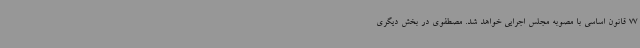
77 قانون اساسی با مصوبه مجلس اجرایی خواهد شد. مصطفوی در بخش دیگری